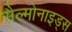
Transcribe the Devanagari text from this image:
सैल्मोनाइड्स